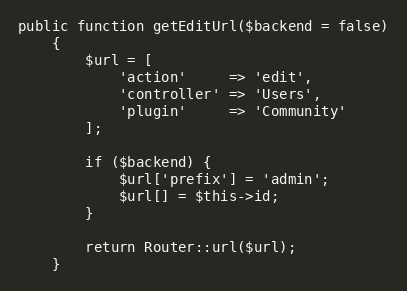
Language: PHP
public function getEditUrl($backend = false)
    {
        $url = [
            'action'     => 'edit',
            'controller' => 'Users',
            'plugin'     => 'Community'
        ];

        if ($backend) {
            $url['prefix'] = 'admin';
            $url[] = $this->id;
        }

        return Router::url($url);
    }